Leningradi_Edasi_toimetus, lk 31
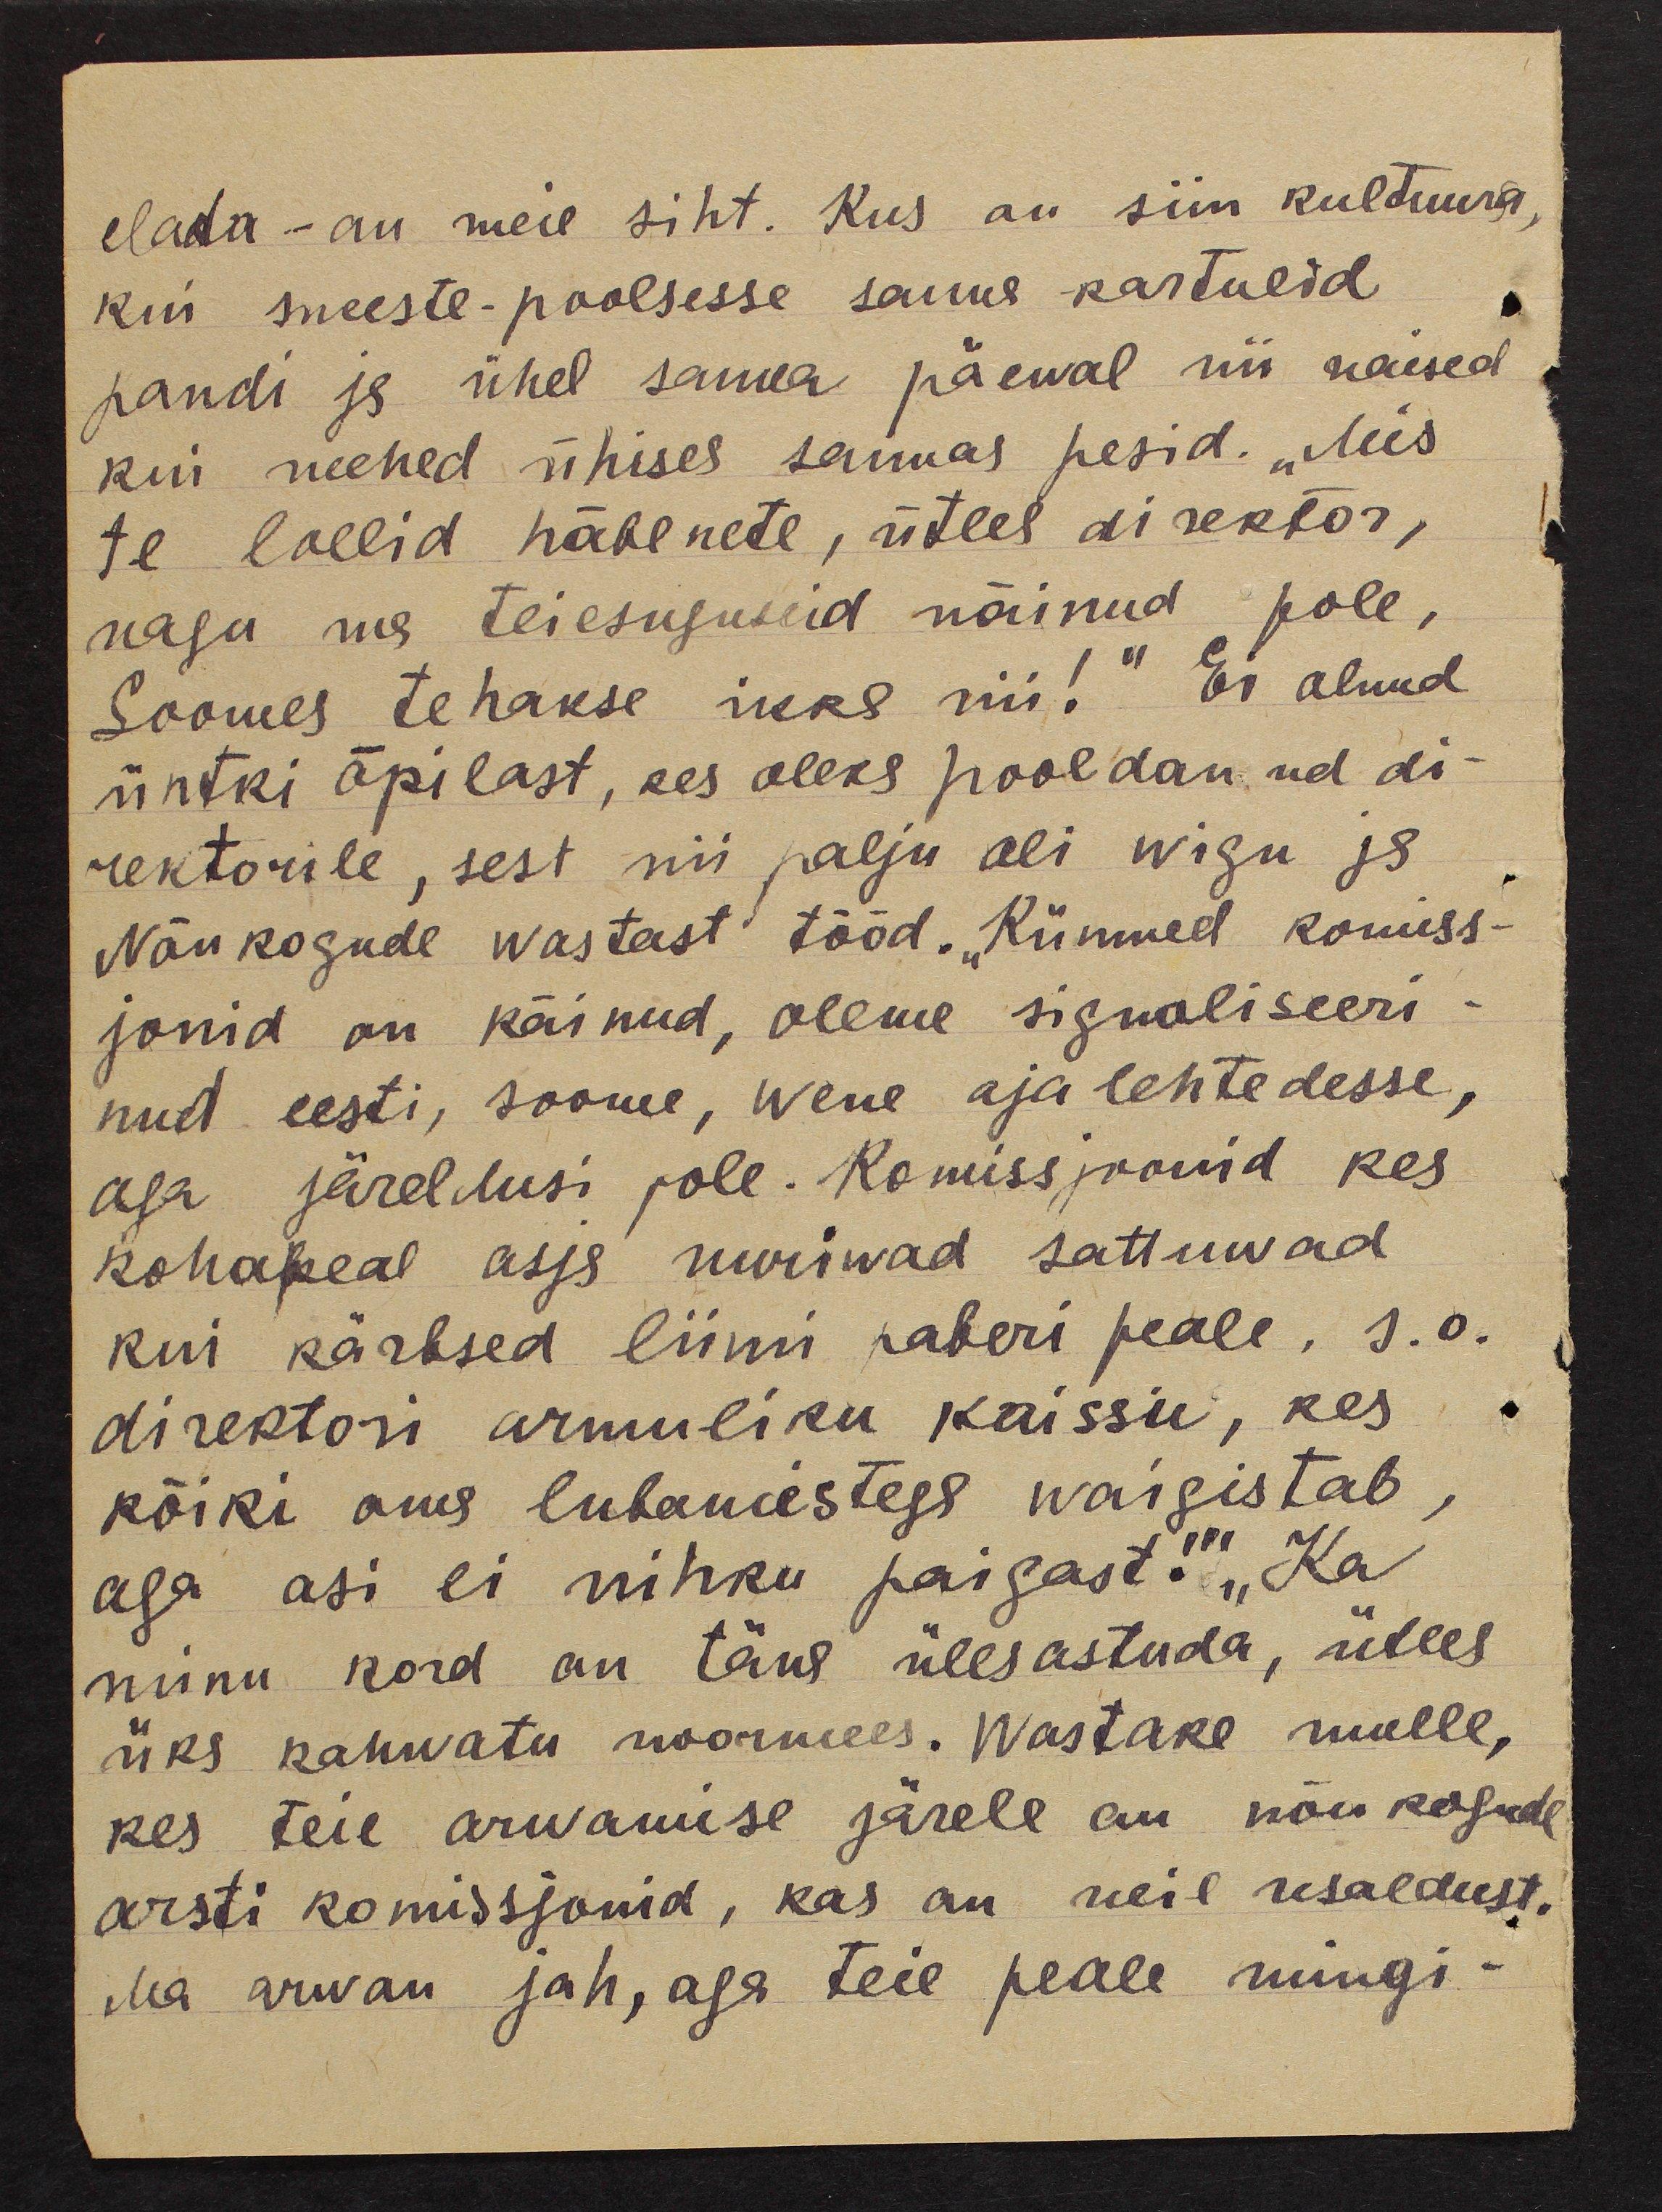
elada - on meie siht. Kus on siin kultuura,
kui meeste-poolsesse sauna kartulid
pandi ja ühel samla päewal nii naised
kui mehed ühises saunas pesid. "Mis
te lollid häbenete, ütles direktor,
nagu ma teiesuguseid näinud pole,
Soomes tehakse ikka nii!" Ei olnud
ühtki õpilast, kes oleks pooldanud di-
rektorile, sest nii palju oli wigu ja
Nõukogude wastast tööd. „Kümned komiss-
jonid on käinud, oleme signaliseeri-
nud eesti, soome, wene ajalehtedesse,
aga järeldusi pole. Komissjoonid kes
kohapeal asja uuriwad sattuwad
kui kärbsed liimi paberi peale, s.o.
direktori armuliku kaissu, kes
kõiki oma lubamistega waigistab,
aga asi ei nihku paigast!" "Ka
minu kord on täna ülesastuda, ütles
üks kahwatu noormees. Wastake mulle,
kes teie arwamise järele on nõukogude
arsti komissjonid, kas on neil usaldust.
Ma arwan jah, aga teie peale mingi-